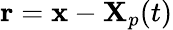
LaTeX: \mathbf{r}=\mathbf{x}-\mathbf{X}_{p}(t)